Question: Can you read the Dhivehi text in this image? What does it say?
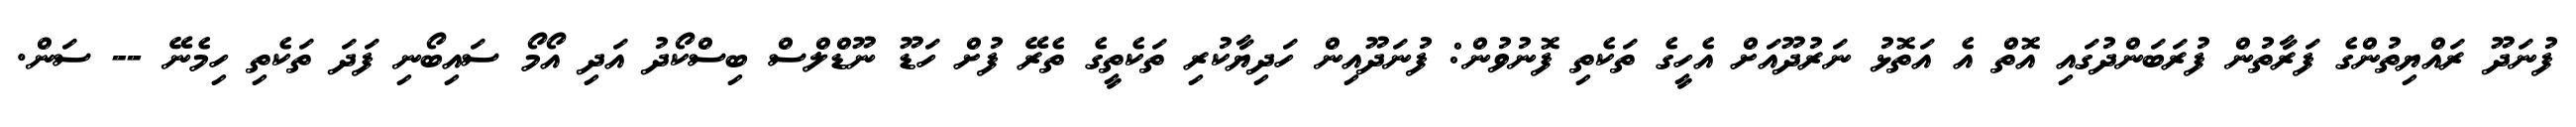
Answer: ފުނަދޫ ރައްޔިތުންގެ ފަރާތުން ފުރަބަންދުގައި އޮތް އެ އަތޮޅު ނަރުދޫއަށް އެހީގެ ތަކެތި ފޮނުވުން: ފުނަދޫއިން ހަދިޔާކުރި ތަކެތީގެ ތެރޭ ފުށް ހަޑޫ ނޫޑްލްސް ބިސްކޯދު އަދި އޯމޯ ސައިބޯނި ފަދަ ތަކެތި ހިމެނޭ -- ސަން.